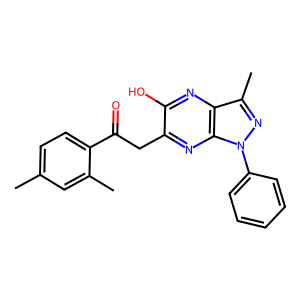
SMILES: Cc1ccc(C(=O)Cc2nc3c(nc2O)c(C)nn3-c2ccccc2)c(C)c1
Inhibits HIV replication: No